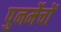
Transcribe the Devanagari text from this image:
पुनर्मेचों